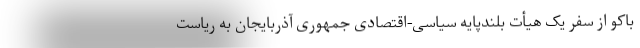
باکو از سفر یک هیأت بلندپایه سیاسی-اقتصادی جمهوری آذربایجان به ریاست